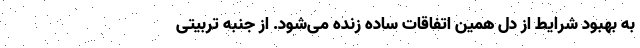
به بهبود شرایط از دل همین اتفاقات ساده زنده می‌شود. از جنبه تربیتی